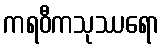
ကရဝီကသုဿရော